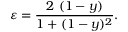
\varepsilon = \frac { 2 \ ( 1 - y ) } { 1 + ( 1 - y ) ^ { 2 } } .